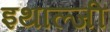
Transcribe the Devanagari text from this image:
इथाल्जी